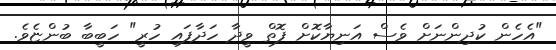
"އެހެން ކުދިންނަށް ވެސް އަނިޔާކޮށް ފޮތް ވީދާ ހަދާފައި ހުރީ" ހަބީބާ ބުންޏެވެ.